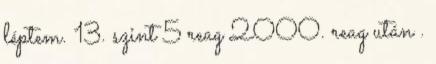
léptem. 13. szint 5 reag 2000. reag után .